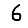
Digit: 6